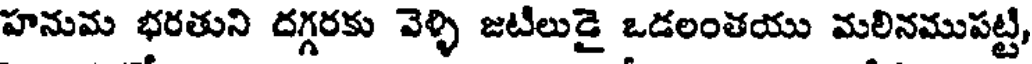
హనుమ భరతుని దగ్గరకు వెళ్ళి జటిలుడై ఒడలంతయు మలినముపట్టి,